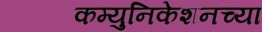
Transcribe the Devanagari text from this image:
कम्युनिकेशनच्या